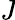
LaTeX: \textbf{\emph{J}}